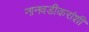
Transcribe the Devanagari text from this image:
नानवडीकरांशी